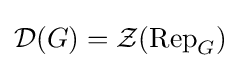
{\mathcal {D}}(G)={\mathcal {Z}}({\textrm {Rep}}_{G})